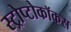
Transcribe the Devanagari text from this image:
स्ट्रोप्टोकॉकस